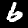
Label: 6